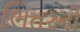
ભિતરનો